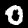
Digit: 0